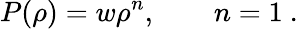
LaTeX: P(\rho)=w\rho^{n},\quad\quad n=1\ .